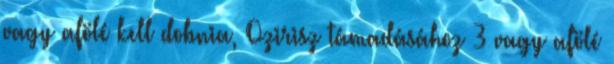
vagy afölé kell dobnia, Ozirisz támadásához 3 vagy afölé